Madras plague regulations and rules - Volume 2
Disease focus: Plague
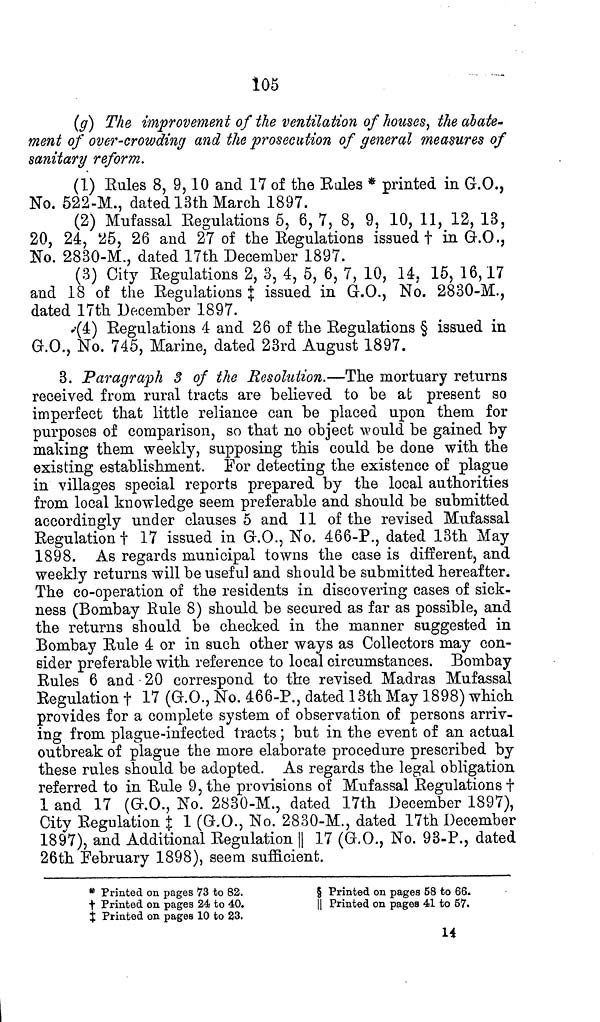
105
(g) The improvement of the ventilation of homes, the abate-
ment of over-crowding and the prosecution of general measures of
sanitary reform.
(1) Rules 8, 9, 10 and 11 of the Kales * printed in G.O.,
No. 522-M., dated 13th March 1897.
(2) Mufassal Regulations 5, 6, 7, 8, 9, 10, 11, 12, 13,
20, 24, 25, 26 and 27 of the Regulations issued † in G.O.,
No. 2830-M., dated 17th December 1897.
(3) City Regulations 2, 3, 4, 5, 6, 7, 10, 14, 15, 16, 17
and 18 of the Regulations ‡ issued in G.O., No. 2830-M.,
dated 17th December 1897.
(4) Regulations 4 and 26 of the Regulations § issued in
G.O., No. 745, Marine, dated 23rd August 1897.
3. Paragraph 3 of the Resolution.—The mortuary returns
received from rural tracts are believed to be at present so
imperfect that little reliance can be placed upon them for
purposes of comparison, so that no object would be gained by
making them weekly, supposing this could be done with the
existing establishment. For detecting the existence of plague
in villages special reports prepared by the local authorities
from local knowledge seem preferable and should be submitted
accordingly under clauses 5 and 11 of the revised Mufassal
Regulation † 17 issued in G.O., No. 466-P., dated 13th May
1898. As regards municipal towns the case is different, and
weekly returns will be useful and should be submitted hereafter.
The co-operation of the residents in discovering cases of sick-
ness (Bombay Rule 8) should be secured as far as possible, and
the returns should be checked in the manner suggested in
Bombay Rule 4 or in such other ways as Collectors may con-
sider preferable with reference to local circumstances. Bombay
Rules 6 and 20 correspond to the revised Madras Mufassal
Regulation † 17 (G.O., No. 466-P., dated 13th May 1898) which
provides for a complete system of observation of persons arriv-
ing from plague-infected tracts ; but in the event of an actual
outbreak of plague the more elaborate procedure prescribed by
these rules should be adopted. As regards the legal obligation
referred to in Rule 9, the provisions of Mufassal Regulation †
1 and 17 (G.O., No. 2830-M., dated 17th December 1897),
City Regulation ‡ 1 (G.O., No. 2830-M., dated 17th December
1897), and Additional Regulation || 17 (G.O., No. 93-P., dated
26th February 1898), seem sufficient.
* Printed on pages 73 to 82.
† Printed on pages 24 to 40.
‡ Printed on pages 10 to 23.
§ Printed on pages 58 to 66.
|| Printed on pages 41 to 57.
14